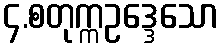
၄.စတုက္ကဥဒ္ဒေသော